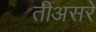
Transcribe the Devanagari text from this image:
तीअसरे